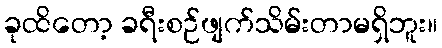
ခုထိတော့ ခရီးစဉ်ဖျက်သိမ်းတာမရှိဘူး။